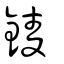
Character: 錂